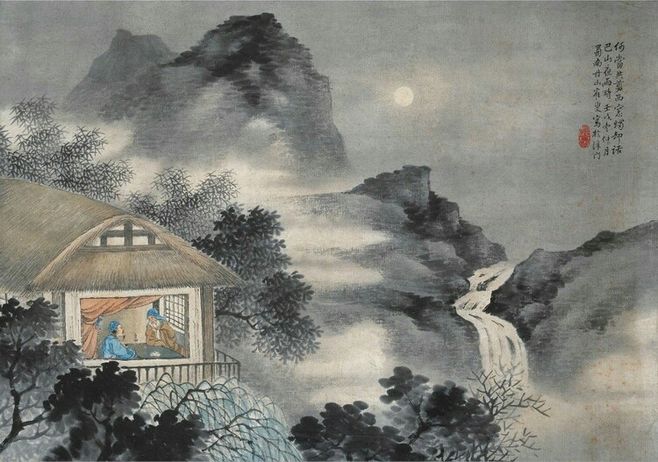
君问归期未有期，巴山夜雨涨秋池。